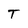
Character: T